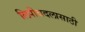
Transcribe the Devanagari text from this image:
लिपीबदलासाठी